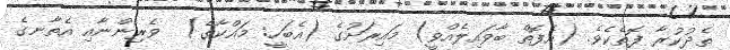
ތެދުކުރާ ފޮތެކެވެ. (އެފޮތް ބާވައިލެއްވީ) މައިރަށުގެ (އެބަހީ: މައްކާގެ)  ވެރިންނާއި އެތާނގެ